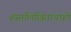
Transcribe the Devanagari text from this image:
हस्तलिखितांचाही